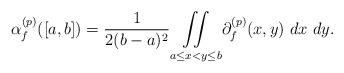
LaTeX: \begin{align*} \alpha_f^{(p)}([a,b]) = \frac{1}{2(b-a)^2} \underset{a \leq x < y \leq b}{\iint} \partial_f^{(p)}(x,y) ~dx ~dy. \end{align*}